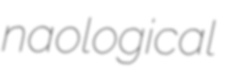
naological